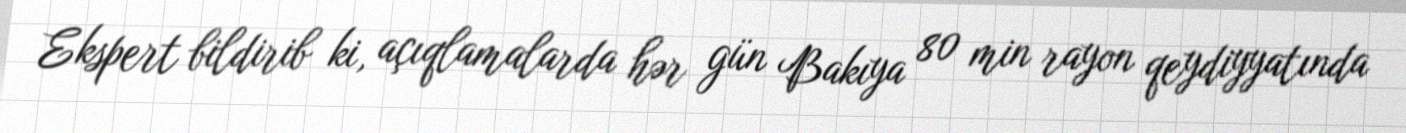
Ekspert bildirib ki, açıqlamalarda hər gün Bakıya 80 min rayon qeydiyyatında